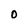
Character: 0